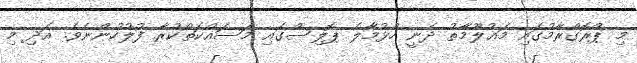
މި ޕްރޮގްރާމުގައި މަޢުލޫމާތު ދެނީ ހުޅުމާލެ ޕޮލިސްގައި މަސައްކަތްކުރާ ފުލުހުންނެވެ. އަދި މި